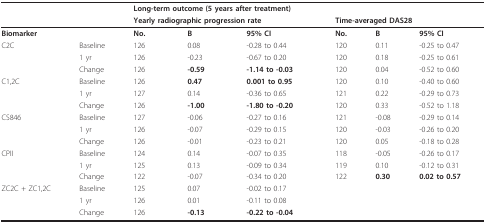
<table><thead><tr><td></td><td></td><td colspan="6"><b>Long-term outcome (5 years after treatment)</b></td></tr><tr><td></td><td></td><td colspan="3"><b>Yearly radiographic progression rate</b></td><td colspan="3"><b>Time-averaged DAS28</b></td></tr></thead><tbody><tr><td><b>Biomarker</b></td><td></td><td><b>No</b>.</td><td><b>B</b></td><td><b>95% CI</b></td><td><b>No</b>.</td><td><b>B</b></td><td><b>95% CI</b></td></tr><tr><td>C2C</td><td>Baseline</td><td>126</td><td>0.08</td><td>-0.28 to 0.44</td><td>120</td><td>0.11</td><td>-0.25 to 0.47</td></tr><tr><td></td><td>1 yr</td><td>126</td><td>-0.23</td><td>-0.67 to 0.20</td><td>120</td><td>0.18</td><td>-0.25 to 0.61</td></tr><tr><td></td><td>Change</td><td>126</td><td><b>-0.59</b></td><td><b>-1.14 to -0.03</b></td><td>120</td><td>0.04</td><td>-0.52 to 0.60</td></tr><tr><td>C1,2C</td><td>Baseline</td><td>126</td><td><b>0.47</b></td><td><b>0.001 to 0.95</b></td><td>120</td><td>0.10</td><td>-0.40 to 0.60</td></tr><tr><td></td><td>1 yr</td><td>127</td><td>0.14</td><td>-0.36 to 0.65</td><td>121</td><td>0.22</td><td>-0.29 to 0.73</td></tr><tr><td></td><td>Change</td><td>126</td><td><b>-1.00</b></td><td><b>-1.80 to -0.20</b></td><td>120</td><td>0.33</td><td>-0.52 to 1.18</td></tr><tr><td>CS846</td><td>Baseline</td><td>127</td><td>-0.06</td><td>-0.27 to 0.16</td><td>121</td><td>-0.08</td><td>-0.29 to 0.14</td></tr><tr><td></td><td>1 yr</td><td>126</td><td>-0.07</td><td>-0.29 to 0.15</td><td>120</td><td>-0.03</td><td>-0.26 to 0.20</td></tr><tr><td></td><td>Change</td><td>126</td><td>-0.01</td><td>-0.23 to 0.21</td><td>120</td><td>0.05</td><td>-0.18 to 0.28</td></tr><tr><td>CPII</td><td>Baseline</td><td>124</td><td>0.14</td><td>-0.07 to 0.35</td><td>118</td><td>-0.05</td><td>-0.26 to 0.17</td></tr><tr><td></td><td>1 yr</td><td>125</td><td>0.13</td><td>-0.09 to 0.34</td><td>119</td><td>0.10</td><td>-0.12 to 0.31</td></tr><tr><td></td><td>Change</td><td>122</td><td>-0.07</td><td>-0.34 to 0.20</td><td>122</td><td><b>0.30</b></td><td><b>0.02 to 0.57</b></td></tr><tr><td>ZC2C + ZC1,2C</td><td>Baseline</td><td>125</td><td>0.07</td><td>-0.02 to 0.17</td><td></td><td></td><td></td></tr><tr><td></td><td>1 yr</td><td>126</td><td>0.01</td><td>-0.11 to 0.08</td><td></td><td></td><td></td></tr><tr><td></td><td>Change</td><td>126</td><td><b>-0.13</b></td><td><b>-0.22 to -0.04</b></td><td></td><td></td><td></td></tr></tbody></table>